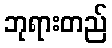
ဘုရားတည်